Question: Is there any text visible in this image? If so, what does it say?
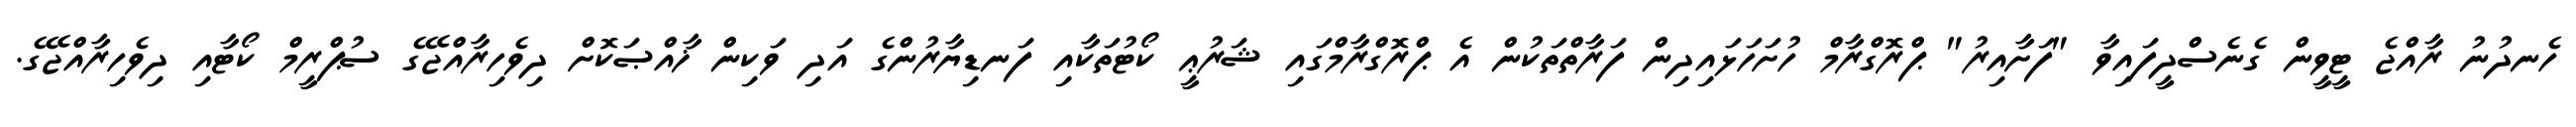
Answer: ހެނދުނު ރާއްޖެ ޓީވީން ގެނެސްދީފައިވާ "ފަށާއިރު" ޕްރޮގްރާމް ހުށަހަޅައިދިން ފަރާތްތަކުން އެ ޕްރޮގްރާމްގައި ޝަރުޢީ ކޯޓުތަކާއި ފަނޑިޔާރުންގެ އަދި ވަކިން ޚާއްޞަކޮށް ދިވެހިރާއްޖޭގެ ސުޕްރީމް ކޯޓާއި ދިވެހިރާއްޖޭގެ.